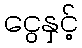
ငွေနှင့်